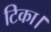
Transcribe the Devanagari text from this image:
टिका।